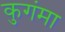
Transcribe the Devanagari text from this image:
कुगंमा